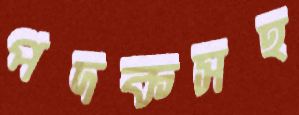
পদকসহ